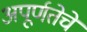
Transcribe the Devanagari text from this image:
अपूर्णतेचे